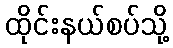
ထိုင်းနယ်စပ်သို့